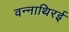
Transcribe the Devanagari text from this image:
वन्नाथिरई